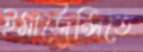
ইমার্জেন্সিতে